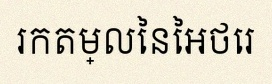
រកតម្លៃនៃអថេរ